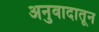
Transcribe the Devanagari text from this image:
अनुवादातून